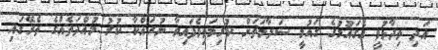
އަދި ވިދާޅުވީ އެގައުމުގެ ގައުމީ ސަލާމަތަށް ކުރިމަތިވެފައިވާ ނުރައްކާ ކުރު މުއްދަތެއްގެ ތެރޭގައި